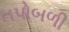
તપોબળી